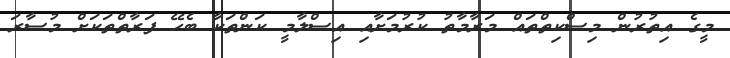
މީގެ އިތުރުން މިސްކިތްތައް މަރާމާތު ކުރުމަށާއި އިސްލާމީ ކަންތަކާ ބެހޭ ފަރާތްތަކަށް މުސާރަ